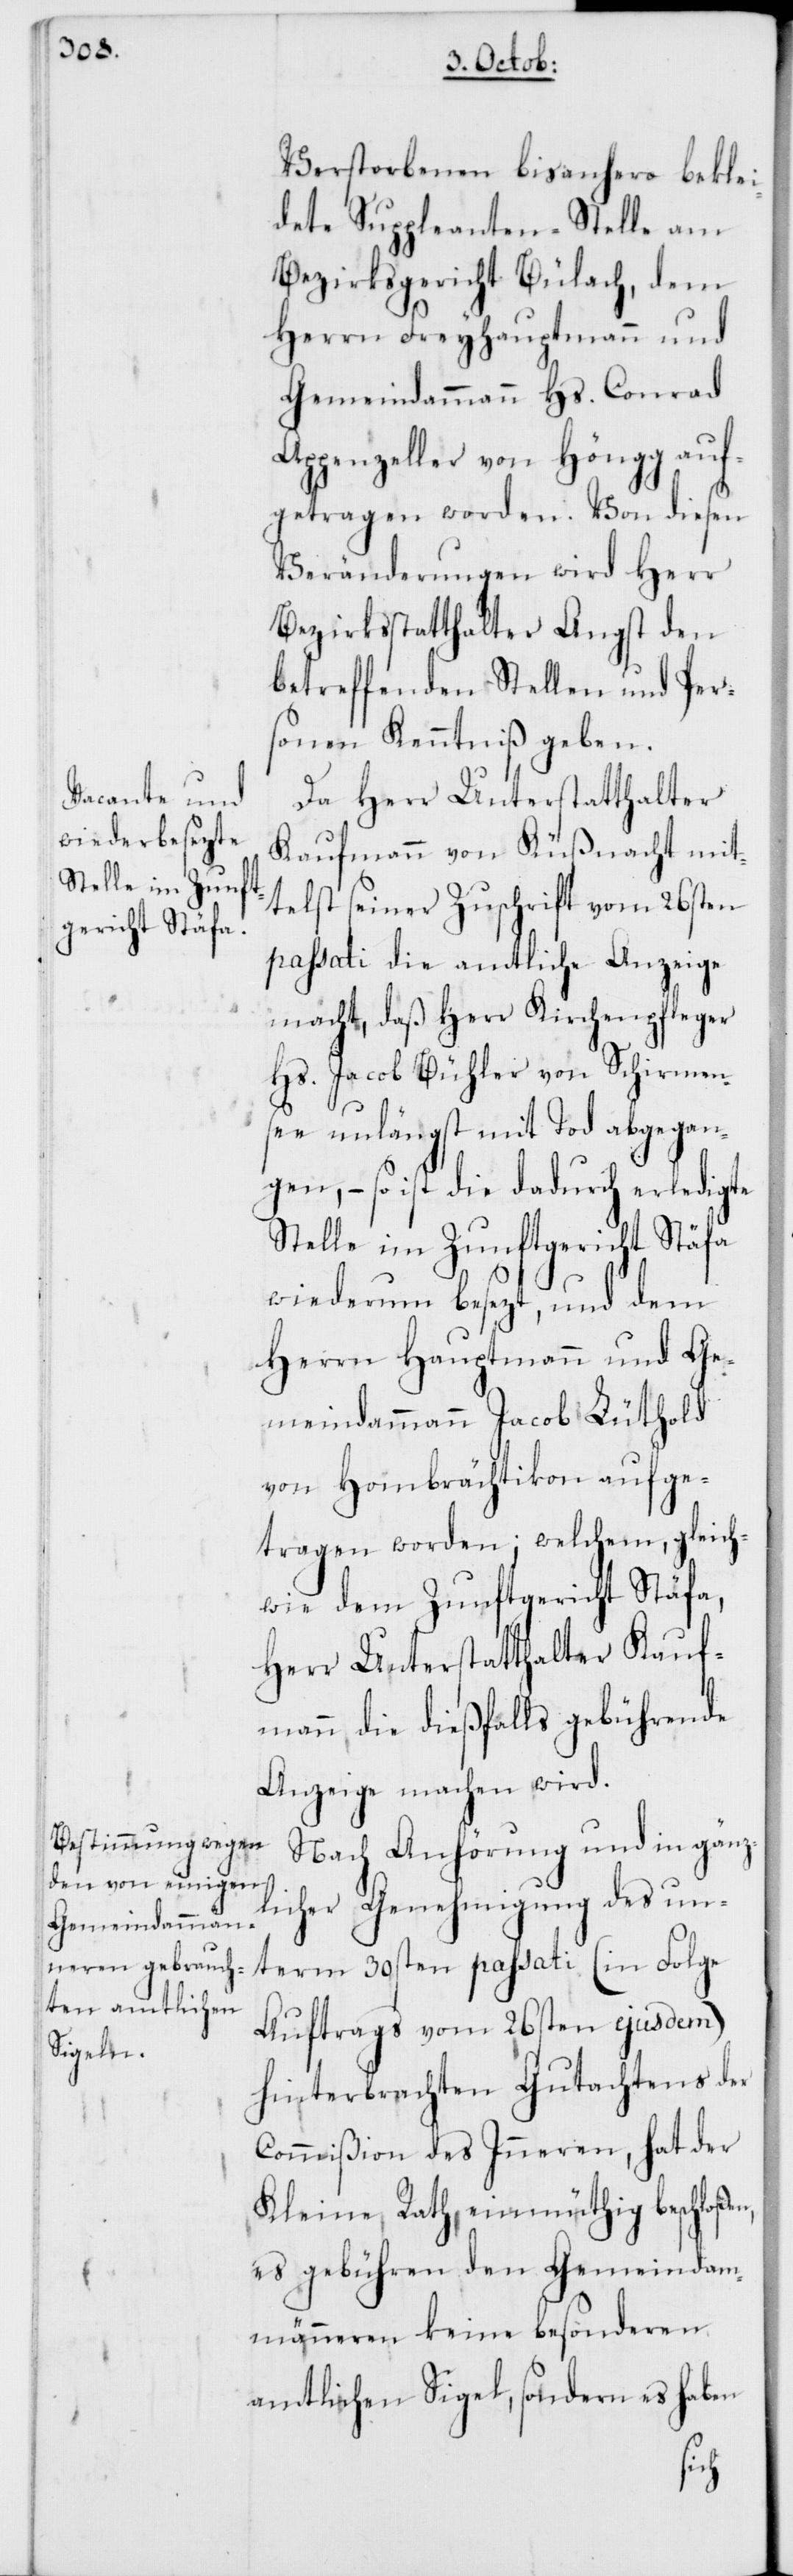
Verstorbenen bis anhero beklei¬
dete Suppleanten-Stelle am
Bezirksgericht Bülach, dem
Herrn Freyhauptmann und
Gemeindammann Hs. Conrad
Appenzeller von Höngg auf¬
getragen worden. Von diesen
Veränderungen wird Herr
Bezirksstatthalter Angst den
betreffenden Stellen und Per¬
sonen Kenntniß geben.
Da Herr Unterstatthalter
Kaufmann von Küßnacht mit¬
telst seiner Zuschrift vom 26sten
passati die amtliche Anzeige
macht, daß Herr Kirchenpfleger
Hs. Jacob Bühler von Schirmen¬
see unlängst mit Tod abgegan¬
gen, – so ist die dadurch erledigte
Stelle im Zunftgericht Stäfa
wiederum besezt, und dem
Herrn Hauptmann und Ge¬
meindammann Jacob Lüthold
von Hombrächtikon aufge¬
tragen worden; welchem, gleich¬
wie dem Zunftgericht Stäfa,
Herr Unterstatthalter Kauf¬
mann die dießfalls gebührende
Anzeige machen wird.
Nach Anhörung und in gänz¬
icher Genehmigung des un¬
term 30sten passati (in Folge
Auftrags vom 26sten ejusdem)
hinterbrachten Gutachtens der
Commißion des Inneren, hat der
Kleine Rath einmüthig beschloße¬
es gebühren den Gemeindam¬
männeren keine besonderen
amtlichen Sigel, sondern es haben
n,